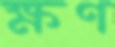
ক্ষণ